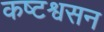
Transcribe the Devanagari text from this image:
कष्टश्वसन